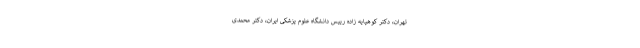
تهران، دکتر کوهپایه زاده رییس دانشگاه علوم پزشکی ایران، دکتر محمدی